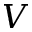
V